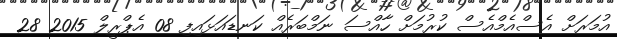
އުމަރަށް އެސްއެމްއެސް ކުރުމަށް ހާއްސަ ނަމްބަރެއް ކަނޑައަޅައިފި 08 އެޕްރީލް 2015 28